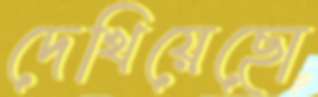
দেখিয়েছো